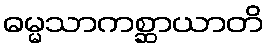
ဓမ္မသာကစ္ဆာယာတိ